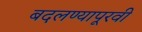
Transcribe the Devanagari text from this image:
बदलण्यापूरवी